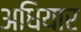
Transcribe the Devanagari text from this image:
अधियार